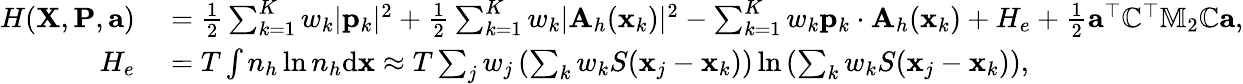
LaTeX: \begin{array}{rl}{H({\mathbf X},{\mathbf P},{\mathbf a})}&{{}=\frac{1}{2}\sum_{k=1}^{K}w_{k}|{\mathbf p}_{k}|^{2}+\frac{1}{2}\sum_{k=1}^{K}w_{k}|{\mathbf A}_{h}({\mathbf x}_{k})|^{2}-\sum_{k=1}^{K}w_{k}{\mathbf p}_{k}\cdot{\mathbf A}_{h}({\mathbf x}_{k})+H_{e}+\frac{1}{2}{\mathbf a}^{\top}\mathbb{C}^{\top}\mathbb{M}_{2}\mathbb{C}{\mathbf a},}\\ {H_{e}}&{{}=T\int{n}_{h}\ln{n}_{h}\mathrm{d}{\mathbf x}\approx T\sum_{j}w_{j}\left(\sum_{k}w_{k}S({\mathbf x}_{j}-{\mathbf x}_{k})\right)\ln\left(\sum_{k}w_{k}S({\mathbf x}_{j}-{\mathbf x}_{k})\right),}\end{array}